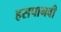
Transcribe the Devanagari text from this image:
हसपानवी